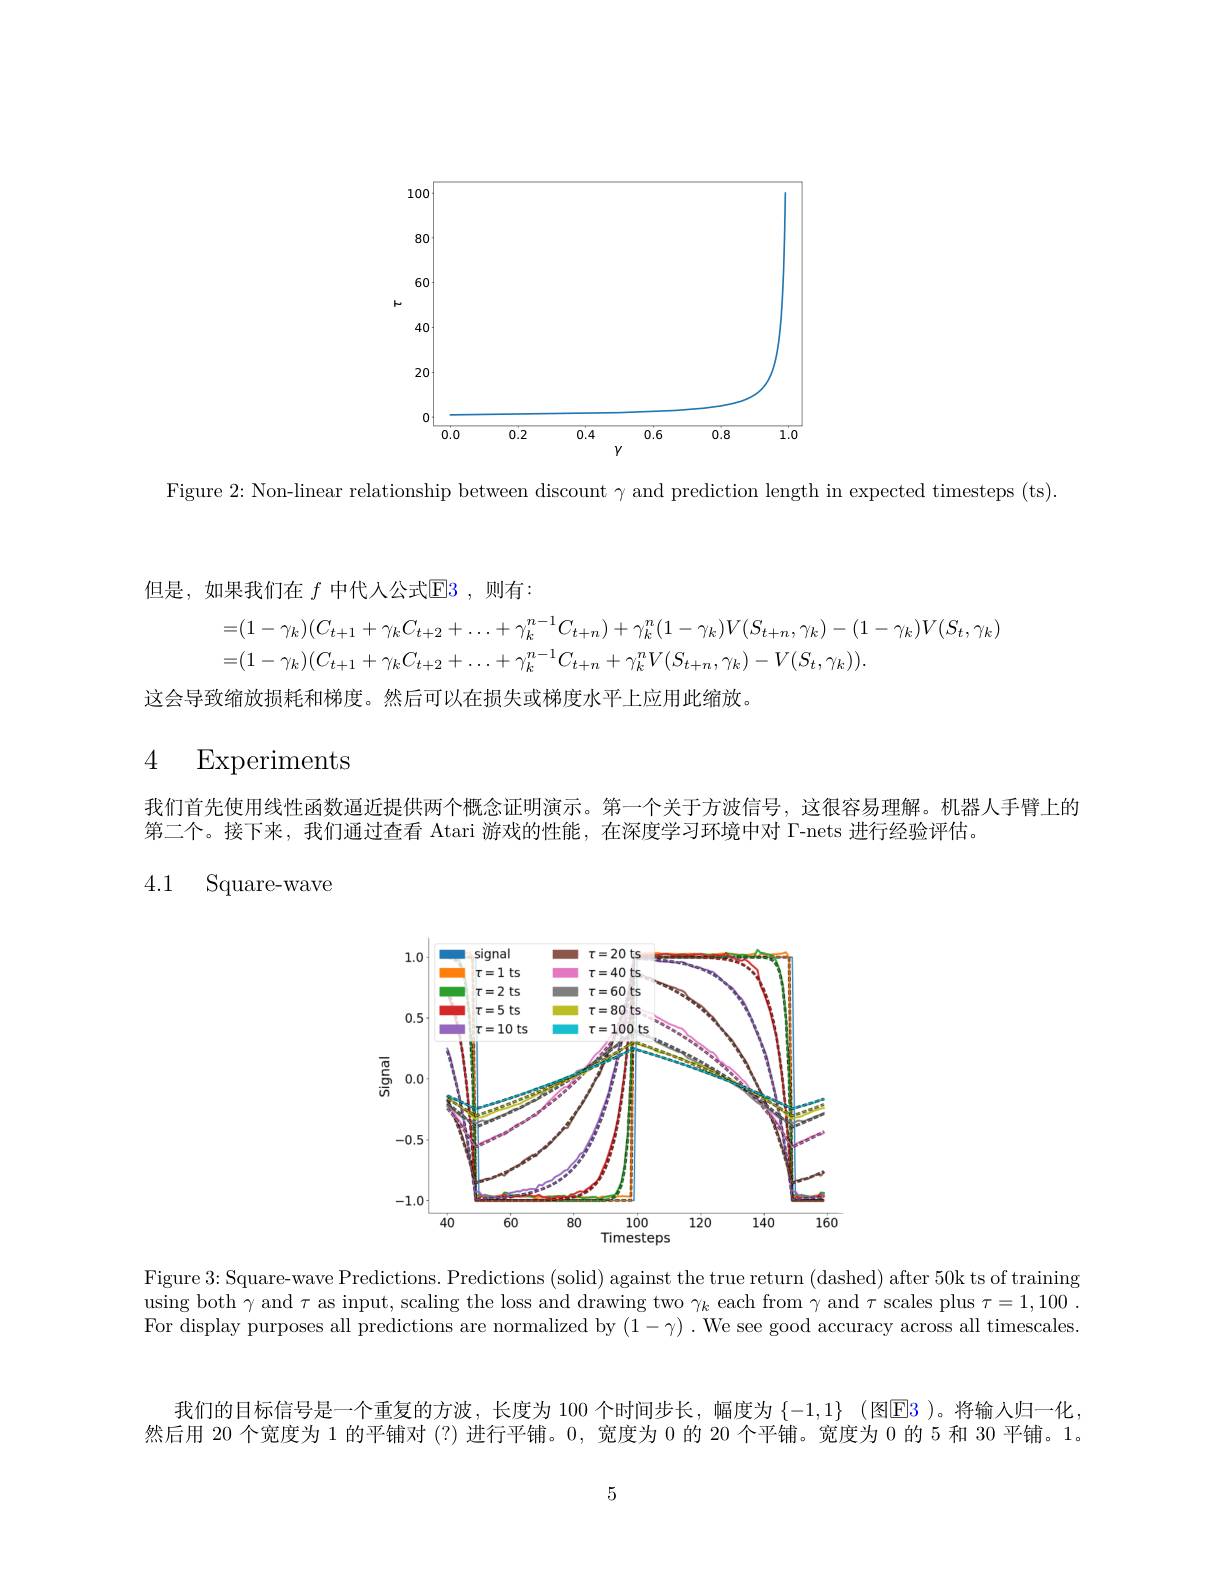
<FigureHere>

Figure 2: Non-linear relationship between discount $\gamma$ and prediction length in expected timesteps (ts)

但是，如果我们在 $f$ 中代人公式$\mathbb{E}3$,则有：
$$\begin{aligned}&=(1-\gamma_{k})(C_{t+1}+\gamma_{k}C_{t+2}+\ldots+\gamma_{k}^{n-1}C_{t+n})+\gamma_{k}^{n}(1-\gamma_{k})V(S_{t+n},\gamma_{k})-(1-\gamma_{k})V(S_{t},\gamma_{k})\\&=(1-\gamma_{k})(C_{t+1}+\gamma_{k}C_{t+2}+\ldots+\gamma_{k}^{n-1}C_{t+n}+\gamma_{k}^{n}V(S_{t+n},\gamma_{k})-V(S_{t},\gamma_{k})).\end{aligned}$$
这会导致缩放损耗和梯度。然后可以在损失或梯度水平上应用此缩放。

# 4 Experiments

我们首先使用线性函数逼近提供两个概念证明演示。第一个关于方波信号，这很容易理解。机器人手臂上的
第二个。接下来，我们通过查看 Atari 游戏的性能，在深度学习环境中对 Г-nets 进行经验评估。
4.1 Square-wave

<FigureHere>

Figure 3: Square-wave Predictions. Predictions (solid) against the true return (dashed) after 50k ts of training using both $\gamma$ and $\tau$ as input, scaling the loss and drawing two $\gamma_k$ each from $\gamma$ and $\tau$ scales plus $\tau=1,100.$ For display purposes all predictions are normalized by $(1-\gamma).$ We see good accuracy across all timescales.

我们的目标信号是一个重复的方波，长度为 100 个时间步长，幅度为 $\{-1,1\}$ (图$\color{red}{E}\color{red}{3}$ )。将输入归一化， 然后用 20 个宽度为 1 的平铺对 (?) 进行平铺。0, 宽度为 0 的 20 个平铺。宽度为 0 的 5 和 30 平铺。1。

5